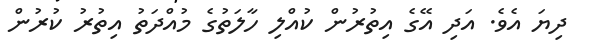
ދިޔަ އެވެ. އަދި އޭގެ އިތުރުން ކުއްލި ހާލަތުގެ މުއްދަތު އިތުރު ކުރުން